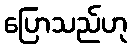
ပြောသည်ဟု